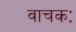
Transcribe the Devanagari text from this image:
वाचकः